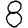
Digit: 8